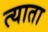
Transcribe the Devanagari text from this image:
त्याता